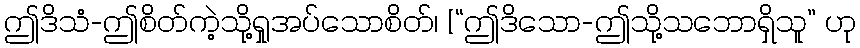
ဤဒိသံ-ဤစိတ်ကဲ့သို့ရှုအပ်သောစိတ်၊ [“ဤဒိသော-ဤသို့သဘောရှိသူ” ဟု